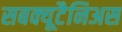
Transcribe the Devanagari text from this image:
सबक्यूटैनिअस